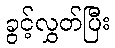
ခွင့်လွှတ်ပြီး